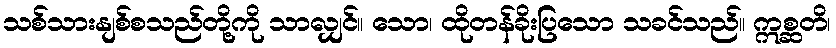
သစ်သားနျစ်စသည်တို့ကို သာလျှင်။ သော၊ ထိုတန်ခိုးပြသော သခင်သည်။ ဣစ္ဆတိ၊